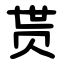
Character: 贳